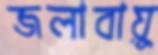
জলাবায়ু